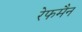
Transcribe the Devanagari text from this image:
रेफमैन